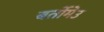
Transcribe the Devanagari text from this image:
बर्तोमेउ